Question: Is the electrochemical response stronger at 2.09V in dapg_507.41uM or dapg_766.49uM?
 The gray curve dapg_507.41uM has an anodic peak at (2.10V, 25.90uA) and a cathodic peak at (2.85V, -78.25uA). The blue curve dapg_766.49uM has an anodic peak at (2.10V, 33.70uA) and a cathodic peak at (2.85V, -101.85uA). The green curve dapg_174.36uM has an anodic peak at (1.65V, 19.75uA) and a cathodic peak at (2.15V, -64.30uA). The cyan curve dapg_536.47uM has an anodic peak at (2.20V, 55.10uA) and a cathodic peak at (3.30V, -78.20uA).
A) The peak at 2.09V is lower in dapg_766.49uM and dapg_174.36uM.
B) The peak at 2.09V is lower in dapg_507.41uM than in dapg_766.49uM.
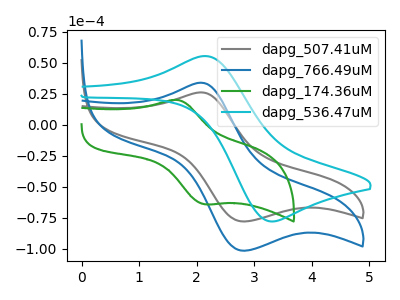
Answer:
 <answer>B) The peak at 2.09V is lower in "dapg_507.41uM" than in "dapg_766.49uM".</answer>
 <eval>B</eval>